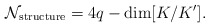
\begin{align*}{\cal N}_{\rm structure} = 4q- {\rm dim}[K/K'].\end{align*}